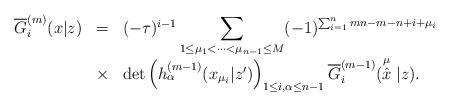
LaTeX: \begin{align*}\begin{array}{rcl}\overline{G}^{(m)}_i (x|z) & = & (-\tau)^{i-1}\displaystyle\sum_{1\leq \mu_1<\cdots <\mu_{n-1}\leq M} (-1)^{\sum_{i=1}^{n} mn-m-n+i +\mu_i } \\& \times & \det\left( h_{\alpha}^{(m-1)}(x_{\mu_i}|z')\right) _{1\leq i, \alpha \leq n-1}\overline{G}^{(m-1)}_i (\stackrel{\mu}{\hat{x}}| z).\end{array}\end{align*}